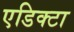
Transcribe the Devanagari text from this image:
एडिक्टा